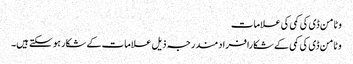
وٹامن ڈی کی کمی کی علامات
وٹامن ڈی کی کمی کے شکا رافرادمندرجہ ذیل علامات کے شکار ہو سکتے ہیں۔